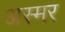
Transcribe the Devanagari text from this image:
अस्मर